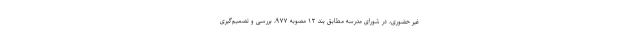
غیر حضوری، در شورای مدرسه مطابق بند ۱۲ مصوبه ۹۷۷، بررسی و تصمیم‌گیری